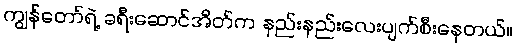
ကျွန်တော်ရဲ့ ခရီးဆောင်အိတ်က နည်းနည်းလေးပျက်စီးနေတယ်။